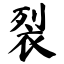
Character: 裂